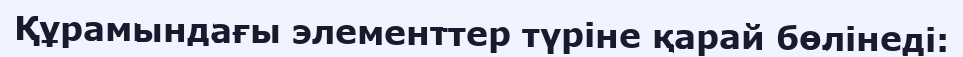
Құрамындағы элементтер түріне қарай бөлінеді: